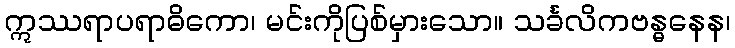
ဣဿရာပရာဓိကော၊ မင်းကိုပြစ်မှားသော။ သင်္ခလိကဗန္ဓနေန၊